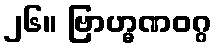
၂၆။ ဗြာဟ္မဏဝဂ္ဂ